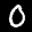
Label: 0